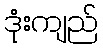
ဒုံးကျည်